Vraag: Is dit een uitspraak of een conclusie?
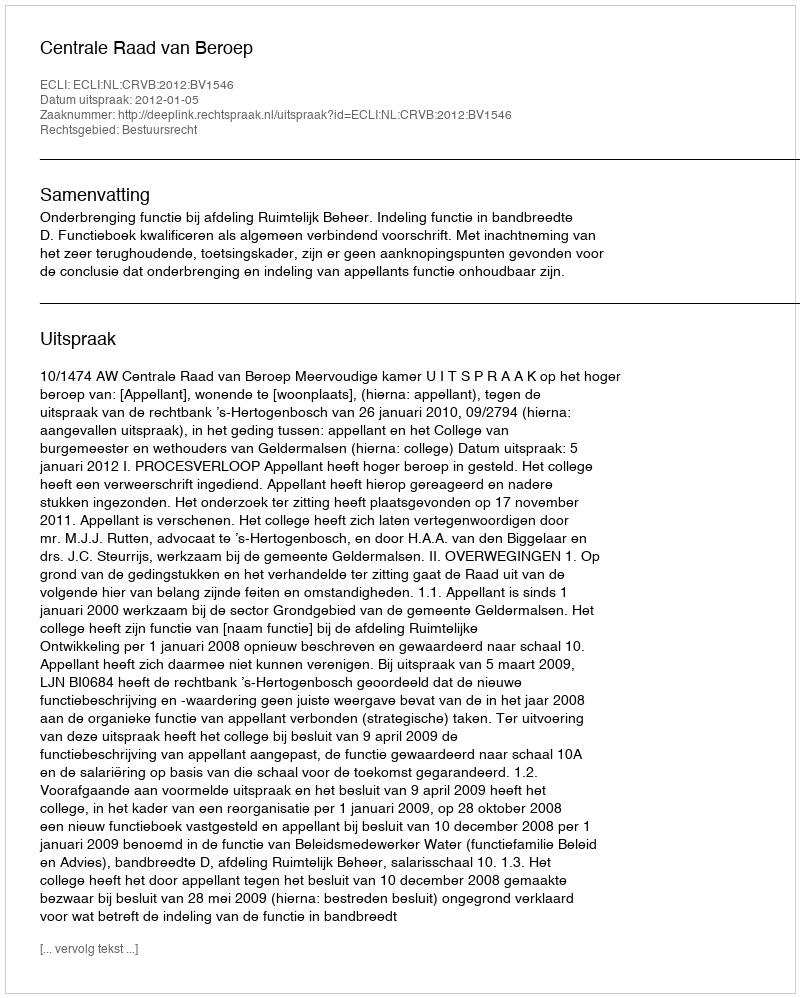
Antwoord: Uitspraak